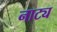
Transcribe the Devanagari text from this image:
नाट्य